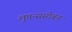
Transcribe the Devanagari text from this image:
लुप्तन्ससोबत